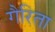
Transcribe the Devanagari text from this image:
गैरिता